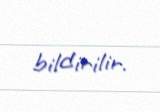
bildirilir.